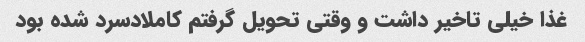
غذا خیلی تاخیر داشت و وقتی تحویل گرفتم کاملادسرد شده بود